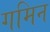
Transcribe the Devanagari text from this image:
गमिन